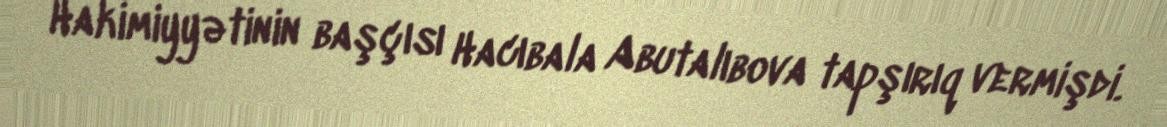
Hakimiyyətinin başçısı Hacıbala Abutalıbova tapşırıq vermişdi.